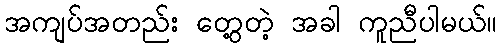
အကျပ်အတည်း တွေ့တဲ့ အခါ ကူညီပါမယ်။